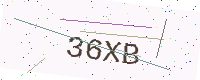
Text: 36XB